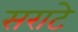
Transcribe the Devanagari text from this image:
सराटे